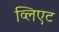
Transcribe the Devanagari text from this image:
व्लिएट